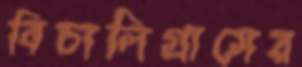
বিচালিগ্রামের